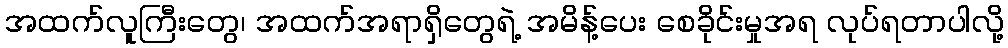
အထက်လူကြီးတွေ၊ အထက်အရာရှိတွေရဲ့ အမိန့်ပေး စေခိုင်းမှုအရ လုပ်ရတာပါလို့